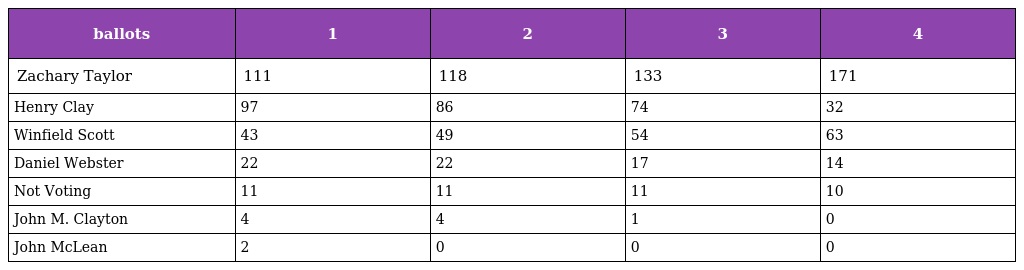
| ballots | 1 | 2 | 3 | 4 |
 | --- | --- | --- | --- | --- |
 | Zachary Taylor | 111 | 118 | 133 | 171 |
 | Henry Clay | 97 | 86 | 74 | 32 |
 | Winfield Scott | 43 | 49 | 54 | 63 |
 | Daniel Webster | 22 | 22 | 17 | 14 |
 | Not Voting | 11 | 11 | 11 | 10 |
 | John M. Clayton | 4 | 4 | 1 | 0 |
 | John McLean | 2 | 0 | 0 | 0 |